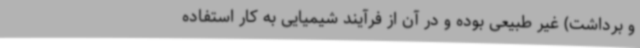
و برداشت) غیر طبیعی بوده و در آن از فرآیند شیمیایی به کار استفاده